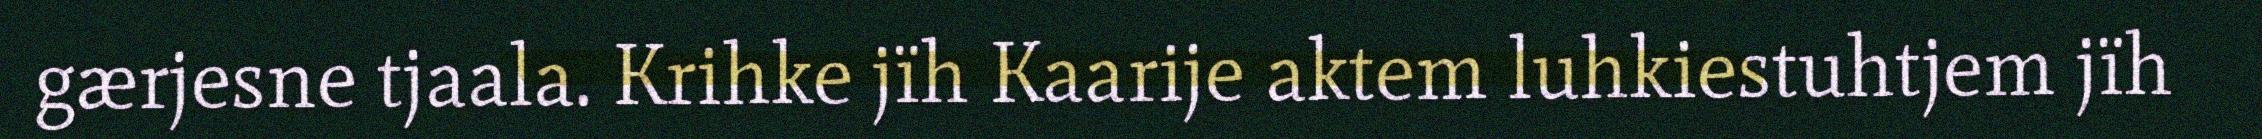
gærjesne tjaala. Krihke jïh Kaarije aktem luhkiestuhtjem jïh